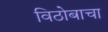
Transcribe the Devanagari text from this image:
विठोबाचा